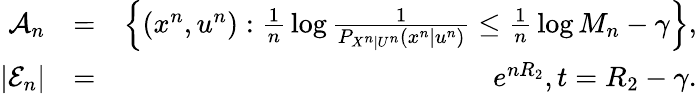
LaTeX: \begin{array}{rlr}{{\cal A}_{n}}&{=}&{\left\{ (x^{n},u^{n}):{\textstyle\frac{1}{n}}\log{\textstyle\frac{1}{P_{X^{n}|U^{n}}(x^{n}|u^{n})}}\le{\textstyle\frac{1}{n}}\log M_{n}-\gamma\right\} ,}\\ {|{\cal E}_{n}|}&{=}&{e^{nR_{2}},t=R_{2}-\gamma.}\end{array}